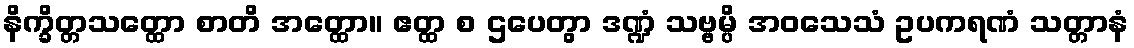
နိက္ခိတ္တသတ္ထော စာတိ အတ္ထော။ ဧတ္ထ စ ဌပေတွာ ဒဏ္ဍံ သဗ္ဗမ္ပိ အဝသေသံ ဥပကရဏံ သတ္တာနံ